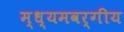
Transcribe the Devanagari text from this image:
म्ध्यमवर्गीय